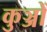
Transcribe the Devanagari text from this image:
कुञ्जों